Plague in India, 1896, 1897 - Volume 1
Year: 1896
Disease focus: Plague
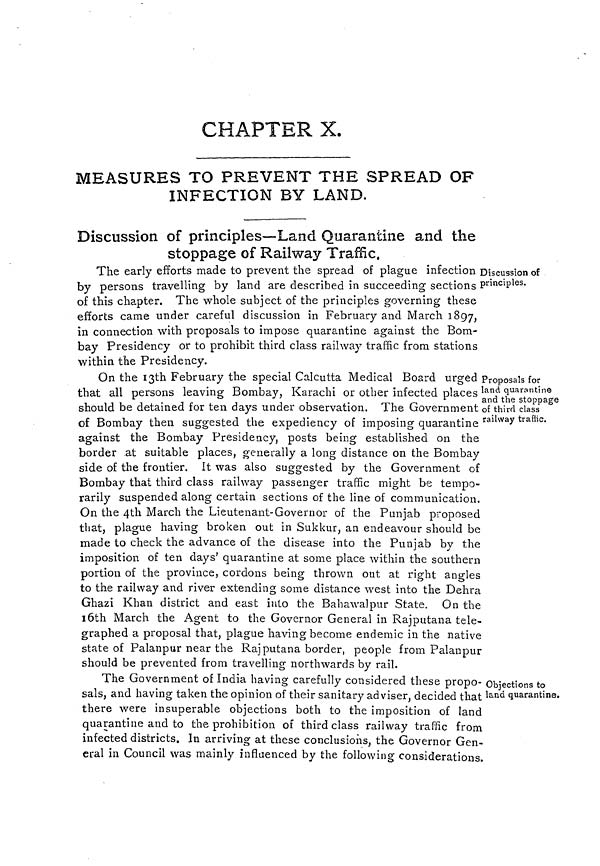
CHAPTER
X.
MEASURES TO PREVENT THE SPREAD OF
INFECTION BY LAND.
Discussion of principles—Land Quarantine and the
stoppage of Railway Traffic.
Discussion of
principles.
The early efforts made to prevent the spread of plague infection
by persons travelling by land are described in succeeding sections
of this chapter. The whole subject of the principles governing these
efforts came under careful discussion in February and March 1897,
in connection with proposals to impose quarantine against the Bom-
bay Presidency or to prohibit third class railway traffic from stations
within the Presidency.
Proposals for
land quarantine
and the stoppage
of third class
railway traffic.
On the 13th February the special Calcutta Medical Board urged
that all persons leaving Bombay, Karachi or other infected places
should be detained for ten days under observation. The Government
of Bombay then suggested the expediency of imposing quarantine
against the Bombay Presidency, posts being established on the
border at suitable places, generally a long distance on the Bombay
side of the frontier. It was also suggested by the Government of
Bombay that third class railway passenger traffic might be tempo-
rarily suspended along certain sections of the line of communication.
On the 4th March the Lieutenant-Govern or of the Punjab proposed
that, plague having broken out in Sukkur, an endeavour should be
made to check the advance of the disease into the Punjab by the
imposition of ten days' quarantine at some place within the southern
portion of the province, cordons being thrown out at right angles
to the railway and river extending some distance west into the Dehra
Ghazi Khan district and east into the Bahawalpur State. On the
16th March the Agent to the Governor General in Rajputana tele-
graphed a proposal that, plague having become endemic in the native
state of Palanpur near the Rajputana border, people from Palanpur
should be prevented from travelling northwards by rail.
Objections to
land quarantine.
The Government of India having carefully considered these propo-
sals, and having taken the opinion of their sanitary adviser, decided that
there were insuperable objections both to the imposition of land
quarantine and to the prohibition of third class railway traffic from
infected districts. In arriving at these conclusions, the Governor Gen-
eral in Council was mainly influenced by the following considerations.